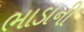
ભાડાની